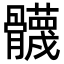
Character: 䯦